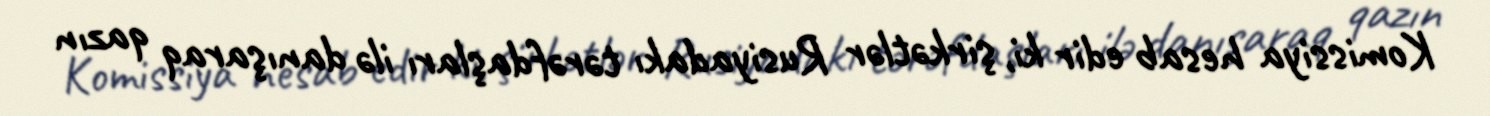
Komissiya hesab edir ki, şirkətlər Rusiyadakı tərəfdaşları ilə danışaraq qazın